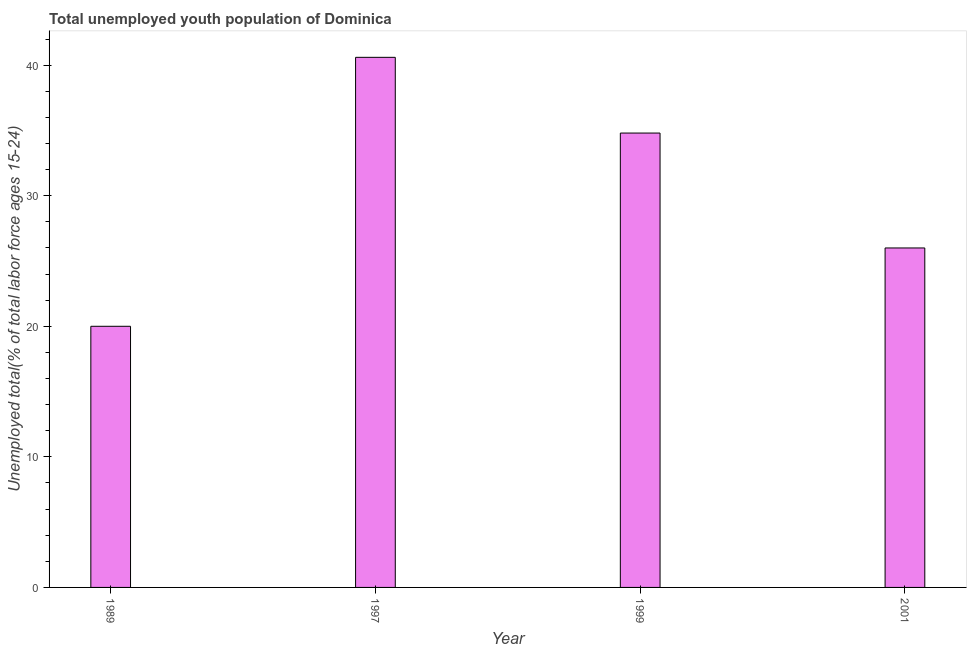
| Year | Unemployment youth total |
 | --- | --- |
 | 1989 | 20 |
 | 1997 | 40.6 |
 | 1999 | 34.8 |
 | 2001 | 26 |